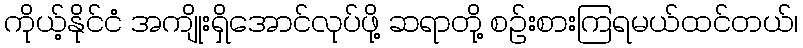
ကိုယ့်နိုင်ငံ အကျိုးရှိအောင်လုပ်ဖို့ ဆရာတို့ စဉ်းစားကြရမယ်ထင်တယ်၊